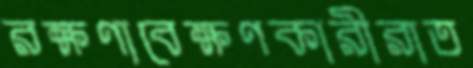
রক্ষণাবেক্ষণকারীরাত